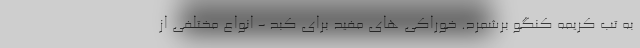
به تب کریمه کنگو برشمرد. خوراکی های مفید برای کبد - انواع مختلفی از